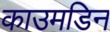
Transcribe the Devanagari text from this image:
काउमडिन